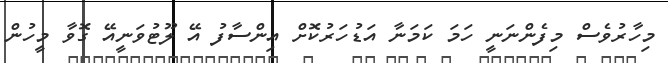
މިހާރުވެސް މިފެންނަނީ ހަމަ ކަމަނާ އަޑުހަރުކޮށް އިންސާފު އޭ ލޫޓުވަނީއޭ ގޮވާ މީހުން